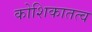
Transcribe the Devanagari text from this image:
कोशिकातत्व